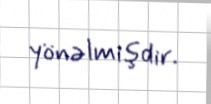
yönəlmişdir.